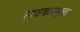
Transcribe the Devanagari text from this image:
लवकरमूळ